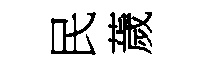
民薉